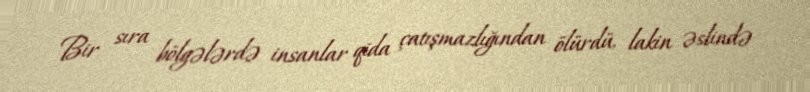
Bir sıra bölgələrdə insanlar qida çatışmazlığından ölürdü, lakin əslində